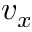
v _ { x }